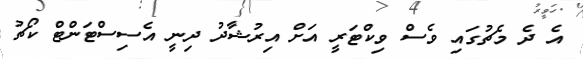
އެ ދެ މެޗުގައި ވެސް ވިކްޓަރީ އަށް އިރުޝާދު ދިނީ އެސިސްޓަންޓް ކޯޗު